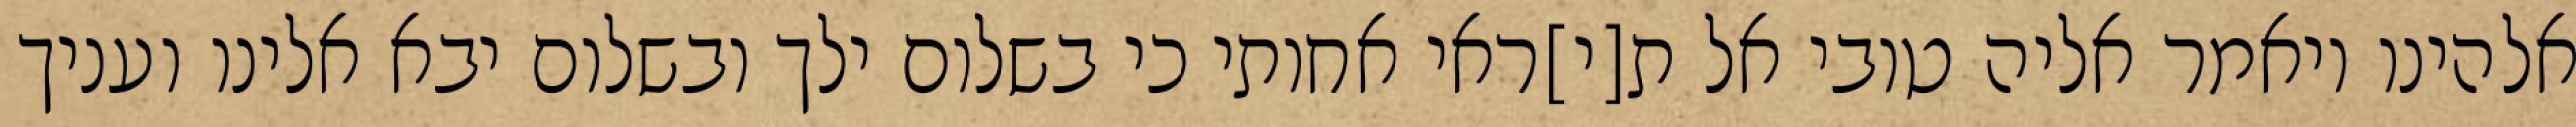
אלהינו ויאמר אליה טובי אל ת[י]ראי אחותי כי בשלום ילך ובשלום יבא אלינו ועניך